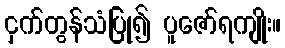
ငှက်တွန်သံပြု၍ ပူဇော်ရကျိုး။